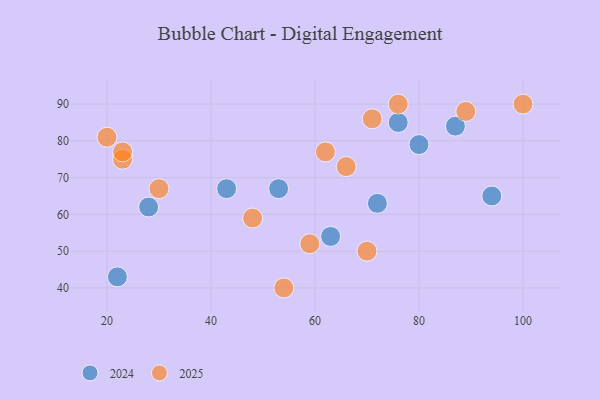
{"axis": {"x": "GDP", "y": "Life Expectancy"}, "legend": ["2024", "2025"], "data": [{"x": "53", "y": 67, "type": "2024"}, {"x": "63", "y": 54, "type": "2024"}, {"x": "80", "y": 79, "type": "2024"}, {"x": "22", "y": 43, "type": "2024"}, {"x": "76", "y": 85, "type": "2024"}, {"x": "43", "y": 67, "type": "2024"}, {"x": "28", "y": 62, "type": "2024"}, {"x": "94", "y": 65, "type": "2024"}, {"x": "72", "y": 63, "type": "2024"}, {"x": "87", "y": 84, "type": "2024"}, {"x": "48", "y": 59, "type": "2025"}, {"x": "76", "y": 90, "type": "2025"}, {"x": "89", "y": 88, "type": "2025"}, {"x": "70", "y": 50, "type": "2025"}, {"x": "30", "y": 67, "type": "2025"}, {"x": "62", "y": 77, "type": "2025"}, {"x": "59", "y": 52, "type": "2025"}, {"x": "66", "y": 73, "type": "2025"}, {"x": "23", "y": 75, "type": "2025"}, {"x": "23", "y": 77, "type": "2025"}, {"x": "20", "y": 81, "type": "2025"}, {"x": "100", "y": 90, "type": "2025"}, {"x": "54", "y": 40, "type": "2025"}, {"x": "71", "y": 86, "type": "2025"}]}